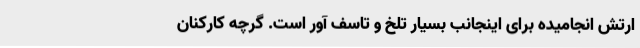
ارتش انجامیده برای اینجانب بسیار تلخ و تاسف آور است. گرچه کارکنان